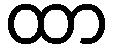
ထာ